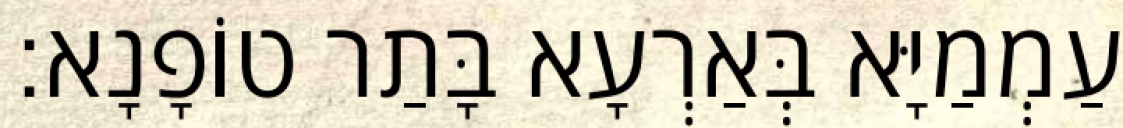
עַמְמַיָּא בְּאַרְעָא בָּתַר טוֹפָנָא׃